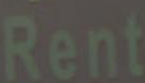
Rent